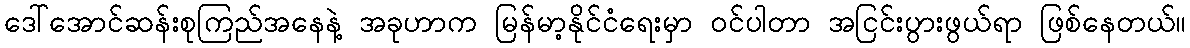
ဒေါ်အောင်ဆန်းစုကြည်အနေနဲ့ အခုဟာက မြန်မာ့နိုင်ငံရေးမှာ ဝင်ပါတာ အငြင်းပွားဖွယ်ရာ ဖြစ်နေတယ်။